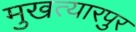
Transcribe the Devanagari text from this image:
मुखत्यारपुर